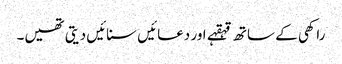
راکھی کے ساتھ قہقہے اور دعائیں سنائیں دیتی تھیں۔